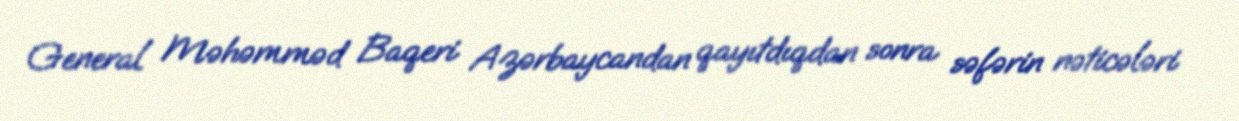
General Məhəmməd Baqeri Azərbaycandan qayıtdıqdan sonra səfərin nəticələri